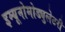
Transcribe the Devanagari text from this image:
इम्यूनोमोड्युलेटरी